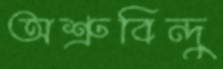
অশ্রুবিন্দু